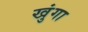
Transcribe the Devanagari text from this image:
खुंगा